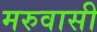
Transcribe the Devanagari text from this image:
मरुवासी